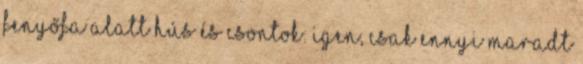
fenyőfa alatt Hús és csontok: igen, csak ennyi maradt